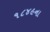
૧૮૪૯ના